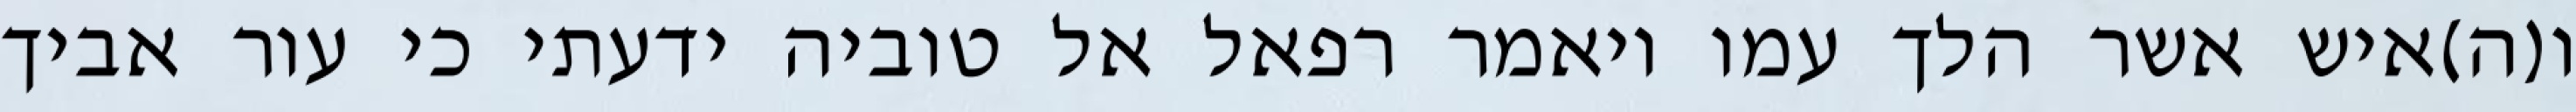
ו(ה)איש אשר הלך עמו ויאמר רפאל אל טוביה ידעתי כי עור אביך